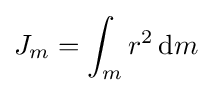
J_{m}=\int _{m}r^{2}\,\mathrm {d} m